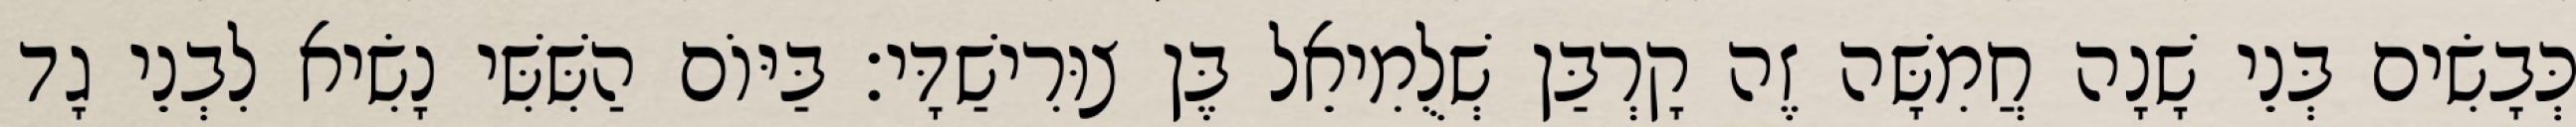
כְּבָשִׂים בְּנֵי שָׁנָה חֲמִשָּׁה זֶה קָרְבַּן שְׁלֻמִיאֵל בֶּן צוּרִישַׁדָּי׃ בַּיּוֹם הַשִּׁשִּׁי נָשִׂיא לִבְנֵי גָד